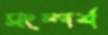
সংস্পর্শ